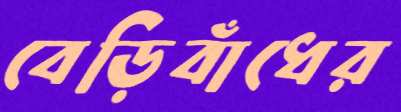
বেড়িবাঁধের